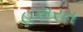
હસરત